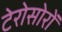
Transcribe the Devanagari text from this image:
टेरोसोरों